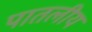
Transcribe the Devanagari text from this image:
पातलीय